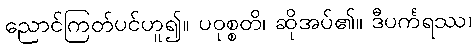
ညောင်ကြတ်ပင်ဟူ၍။ ပဝုစ္စတိ၊ ဆိုအပ်၏။ ဒီပင်္ကရဿ၊